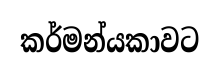
කර්මන්යකාවට